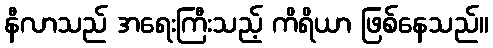
နီလာသည် အရေးကြီးသည့် ကိရိယာ ဖြစ်နေသည်။